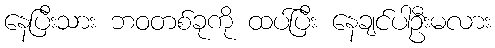
နေပြီးသား ဘဝတစ်ခုကို ထပ်ပြီး နေချင်ပါဦးမလား